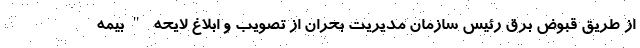
از طریق قبوض برق رئیس سازمان مدیریت بحران از تصویب و ابلاغ لایحه "بیمه